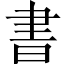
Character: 書